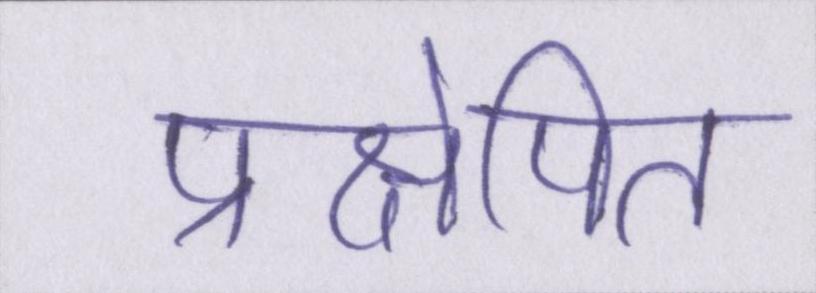
प्रक्षेपित